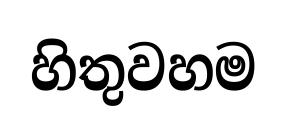
හිතුවහම